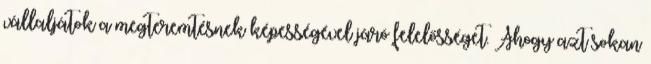
vállaljátok a megteremtésnek képességével járó felelősséget. Ahogy azt sokan